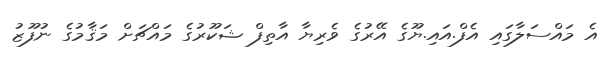
އެ މައްސަލާގައި އެފް.އައި.ޔޫގެ އޭރުގެ ވެރިޔާ އާތިފް ޝަކޫރުގެ މައްޗަށް މަޤާމުގެ ނުފޫޒު